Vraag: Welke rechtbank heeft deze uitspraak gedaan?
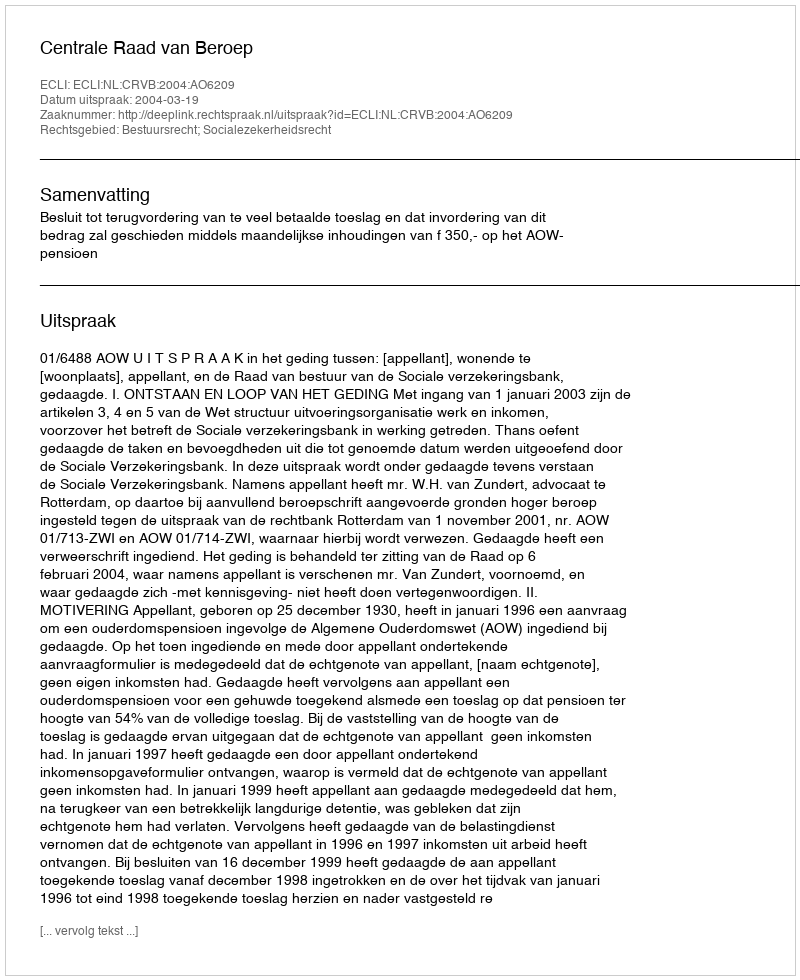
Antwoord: Centrale Raad van Beroep